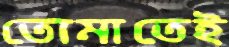
তোমাতেই